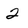
Character: 2